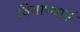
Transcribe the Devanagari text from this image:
विनाभ्यासं